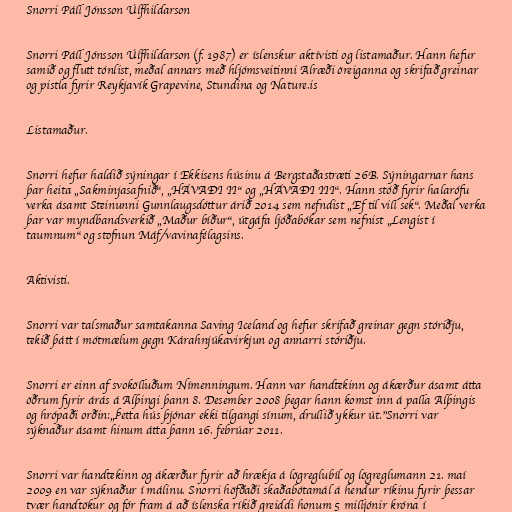
Snorri Páll Jónsson Úlfhildarson

Snorri Páll Jónsson Úlfhildarson (f. 1987) er íslenskur aktívisti og listamaður. Hann hefur
samið og flutt tónlist, meðal annars með hljómsveitinni Alræði öreiganna og skrifað greinar
og pistla fyrir Reykjavík Grapevine, Stundina og Nature.is

Listamaður.

Snorri hefur haldið sýningar í Ekkisens húsinu á Bergstaðastræti 26B. Sýningarnar hans
þar heita „Sakminjasafnið“, „HÁVAÐI II“ og „HÁVAÐI III“. Hann stóð fyrir halarófu
verka ásamt Steinunni Gunnlaugsdóttur árið 2014 sem nefndist „Ef til vill sek“. Meðal verka
þar var myndbandsverkið „Maður bíður“, útgáfa ljóðabókar sem nefnist „Lengist í
taumnum“ og stofnun Máf/vavinafélagsins.

Aktivisti.

Snorri var talsmaður samtakanna Saving Iceland og hefur skrifað greinar gegn stóriðju,
tekið þátt í mótmælum gegn Kárahnjúkavirkjun og annarri stóriðju.

Snorri er einn af svokölluðum Nímenningum. Hann var handtekinn og ákærður ásamt átta
öðrum fyrir árás á Alþingi þann 8. Desember 2008 þegar hann komst inn á palla Alþingis
og hrópaði orðin:„Þetta hús þjónar ekki tilgangi sínum, drullið ykkur út."Snorri var
sýknaður ásamt hinum átta þann 16. febrúar 2011.

Snorri var handtekinn og ákærður fyrir að hrækja á lögreglubíl og lögreglumann 21. maí
2009 en var sýknaður í málinu. Snorri höfðaði skaðabótamál á hendur ríkinu fyrir þessar
tvær handtökur og fór fram á að íslenska ríkið greiddi honum 5 milljónir króna í